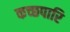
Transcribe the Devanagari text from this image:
कच्छपारि